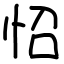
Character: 怊